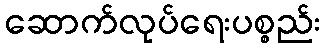
ဆောက်လုပ်ရေးပစ္စည်း